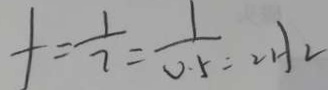
f = \frac { 1 } { 7 } = \frac { 1 } { 0 . 5 } = 2 H 2